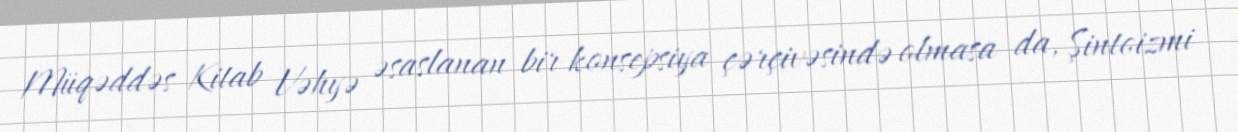
Müqəddəs Kitab Vəhyə əsaslanan bir konsepsiya çərçivəsində olmasa da, Şintoizmi